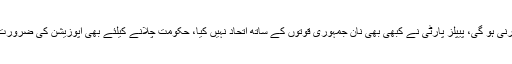
سابق صدر آصف زرداری نے کہا کہ اگلی حکومت جس نے بھی بنانی ہے اسے پی پی پی سے بات کرنی ہو گی، پیپلز پارٹی نے کبھی بھی نان جمہوری قوتوں کے ساتھ اتحاد نہیں کیا، حکومت چلانے کیلئے بھی اپوزیشن کی ضرورت ہے، ہمیں کسی کی حمایت نہیں تھی مگر نواز شریف کو غیر جمہوری قوتوں کی حمایت حاصل تھی۔